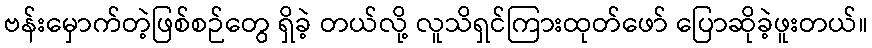
ဗန်းမှောက်တဲ့ဖြစ်စဉ်တွေ ရှိခဲ့ တယ်လို့ လူသိရှင်ကြားထုတ်ဖော် ပြောဆိုခဲ့ဖူးတယ်။